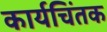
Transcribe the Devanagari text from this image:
कार्यचिंतक